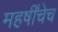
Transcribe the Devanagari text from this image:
महर्षींचेच